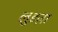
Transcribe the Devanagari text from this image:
लुइज़ा